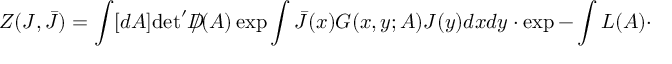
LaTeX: Z ( J , \bar { J } ) = \int [ d A ] \mathrm { d e t } ^ { \prime } D \! \! \! \! / ( A ) \exp \int \bar { J } ( x ) G ( x , y ; A ) J ( y ) d x d y \cdot \exp - \int { \cal L } ( A ) \cdot